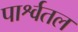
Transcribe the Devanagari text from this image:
पार्श्वतल